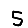
Digit: 5